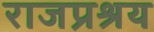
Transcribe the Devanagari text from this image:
राजप्रश्रय